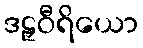
ဒဠှဝီရိယော